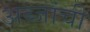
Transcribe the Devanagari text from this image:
अब्जांची